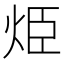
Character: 烥